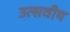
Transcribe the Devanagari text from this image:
उत्सवीय